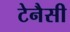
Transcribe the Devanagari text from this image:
टेनैसी